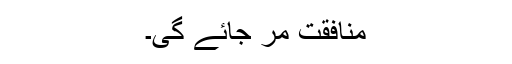
منافقت مر جائے گی۔